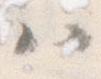
ハ